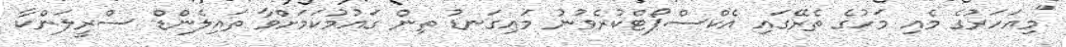
"މިއަހަރުގެ މެއި މަހުގެ ތެރޭގައި އެކްސްޕޯޓްކުރެވުނު މައިގަނޑު ތިން ގައުމުކަމަށްވާ ތައިލެންޑް ސްރީލަންކާ